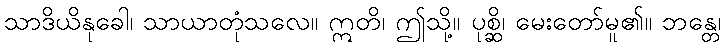
သာဒိယိနုခေါ၊ သာယာတုံသလေ။ ဣတိ၊ ဤသို့။ ပုစ္ဆိ၊ မေးတော်မူ၏။ ဘန္တေ၊